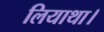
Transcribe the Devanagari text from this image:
लियाथा।